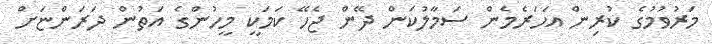
މަރުވުމުގެ ކުރިން އަހަރެމެން ސަމާލުކަން ދޭން ޖެހޭ ކަމަކީ މީހުންގެ އަތުން ދަރަންޏަށް